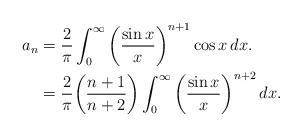
LaTeX: \begin{align*} a_n &= \frac{2}{\pi} \int_{0}^{\infty} \bigg( \frac{\sin x }{x} \bigg)^{n + 1} \cos x \, dx. \\ &= \frac{2}{\pi} \bigg( \frac{n + 1}{n + 2} \bigg) \int_{0}^{\infty} \bigg( \frac{\sin x }{x} \bigg)^{n + 2} \, dx.\end{align*}